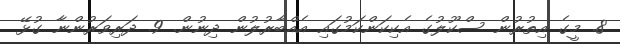
8. މީގެ އިތުރުން ސްކޫލުގެ އެކިކަންކަމުގައި އެއްބާރުލުން ދިނުން. 9. ދަރިވަރުންނާ ގުޅޭ